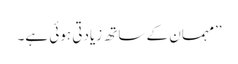
’’مہمان کے ساتھ زیادتی ہوئی ہے۔